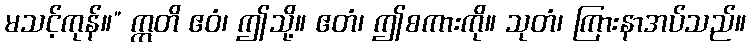
မသင့်ကုန်။” ဣတိ ဧဝံ၊ ဤသို့။ ဧတံ၊ ဤစကားကို။ သုတံ၊ ကြားနာအပ်သည်။